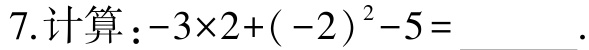
7.计算：\(-3\times2+(-2)^{2}-5=\underline{\quad\quad}\).